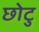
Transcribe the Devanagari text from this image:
छोटु